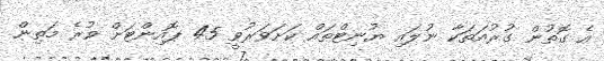
އެ ގޮތުން ގުރުއަތަކާ ނުލައި ޔުނިޓްތައް ކަށަވަރުވީ 45 ޕޮއިންޓަށް ވުރެ މަތިން